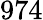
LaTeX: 974